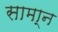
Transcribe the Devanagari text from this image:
सामा्न